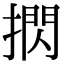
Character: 㨛